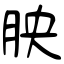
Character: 胦